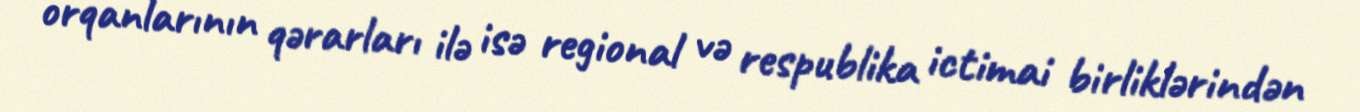
orqanlarının qərarları ilə isə regional və respublika ictimai birliklərindən